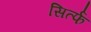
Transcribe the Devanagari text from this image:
सिर्त्फ